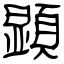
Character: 顕